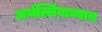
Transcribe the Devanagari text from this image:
अर्थल्लिंगाध्याय